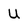
Character: U